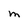
Character: M